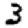
Digit: 3